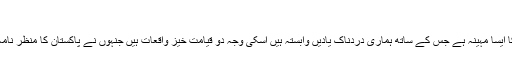
عمران قصوری:
دسمبر پاکستان کی تاریخ کا ایسا مہینہ ہے جس کے ساتھ ہماری دردناک یادیں وابستہ ہیں اسکی وجہ دو قیامت خیز واقعات ہیں جنہوں نے پاکستان کا منظر نامہ ہی تبدیل کر کے رکھ دیا۔